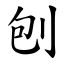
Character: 刨